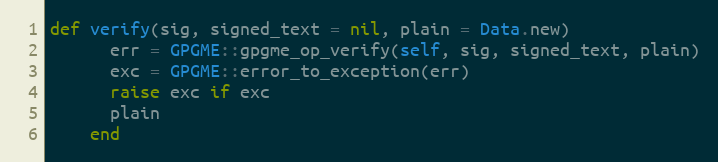
Language: Ruby
def verify(sig, signed_text = nil, plain = Data.new)
      err = GPGME::gpgme_op_verify(self, sig, signed_text, plain)
      exc = GPGME::error_to_exception(err)
      raise exc if exc
      plain
    end